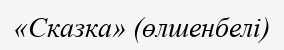
«Сказка» (өлшенбелі)